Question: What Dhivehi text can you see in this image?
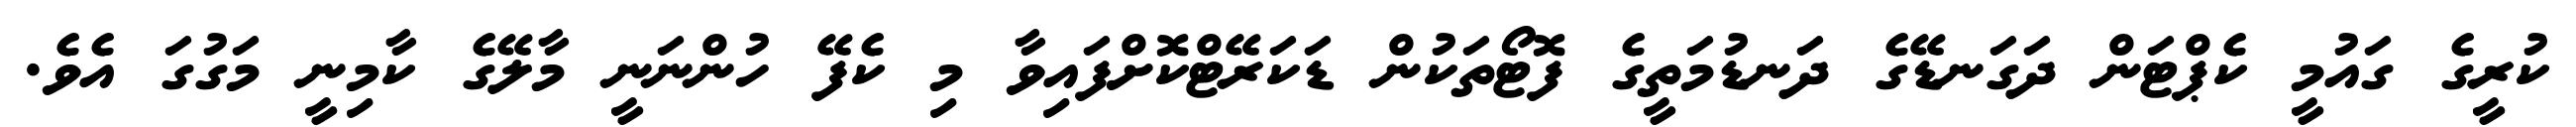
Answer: ކުރީގެ ގައުމީ ކެޕްޓަން ދަގަނޑޭގެ ދަނޑުމަތީގެ ފޮޓޯތަކުން ޑަކަރޭޓްކޮށްފައިވާ މި ކެފޭ ހުންނަނީ މާލޭގެ ކާމިނީ މަގުގަ އެވެ.